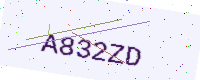
Text: A832ZD